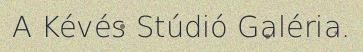
A Kévés Stúdió Galéria.